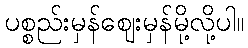
ပစ္စည်းမှန်ဈေးမှန်မို့လို့ပါ။